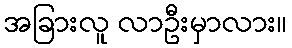
အခြားလူ လာဦးမှာလား။